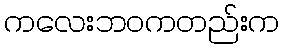
ကလေးဘဝကတည်းက